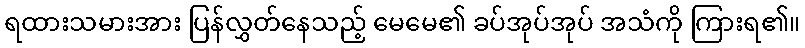
ရထားသမားအား ပြန်လွှတ်နေသည့် မေမေ၏ ခပ်အုပ်အုပ် အသံကို ကြားရ၏။